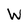
Character: W